Mental hospitals Bombay report 1929-33 - 1929-1933
Year: 1929
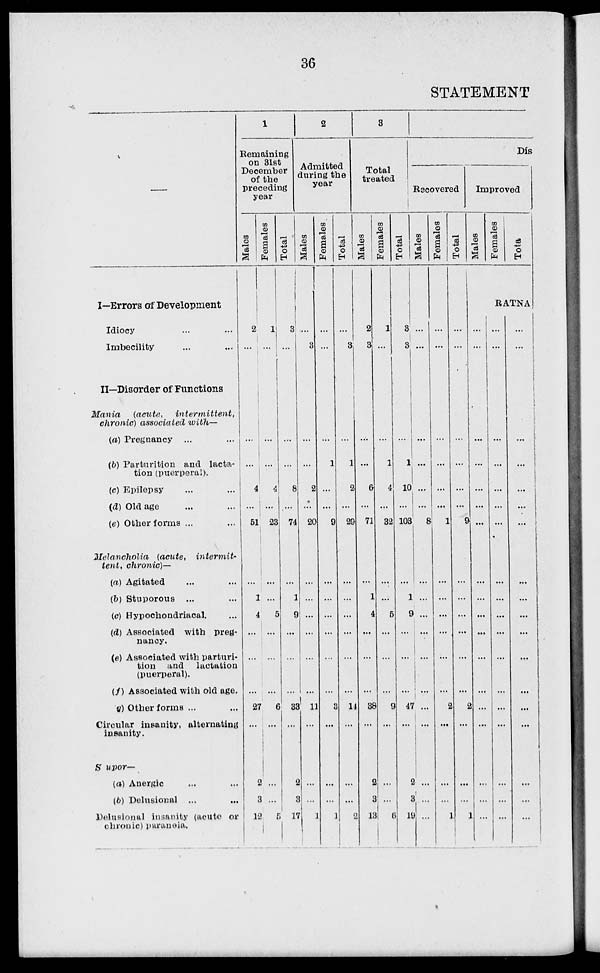
36
STATEMENT
—
I—Errors of Development
Idiocy ... ...
Imbecility
...
...
II—Disorder of Functions
Mania
(acute,
intermittent,
chronic) associated with—
(a) Pregnancy ... ...
(b) Parturition and lacta-
tion (puerperal).
(c) Epilepsy ... ...
(d) Old age ... ...
(e) Other forms ... ...
Melancholia (acute, intermit-
tent, chronic)—
(a) Agitated ... ...
(b) Stuporous ... ...
(c) Hypochondriacal. ...
(d) Associated with preg-
nancy.
(e) Associated with parturi-
tion and lactation
(puerperal).
(f) Associated with old age.
(g) Other forms ... ...
Circular insanity, alternating
insanity.
Supor—
(a) Anergic ... ...
(b) Delusional ... ...
Delusional insanity (acute or
chronic) paranoia.
1
Remaining
on 31st
December
of the
preceding
year
Males
2
...
...
...
4
...
51
...
1
4
...
...
...
27
...
2
3
12
Females
1
...
...
...
4
...
23
...
...
5
...
...
...
6
...
...
...
5
Total
3
...
...
...
8
...
74
...
1
9
...
...
...
33
...
2
3
17
2
Admitted
during the
year
Males
...
3
...
...
2
...
20
...
...
...
...
...
...
11
...
...
...
1
Females
...
...
...
1
...
...
9
...
...
...
...
...
...
3
...
...
...
1
Total
...
3
...
1
2
...
29
...
...
...
...
...
...
14
...
...
...
2
3
Total
treated
Males
2
3
...
...
6
...
71
...
1
4
...
...
...
38
...
2
3
13
Females
1
...
...
1
4
...
32
...
...
5
...
...
...
9
...
...
...
6
Total
3
3
...
1
10
...
103
...
1
9
...
...
...
47
...
2
3
19
Dis
Recovered
Males
...
...
...
...
...
...
8
...
...
...
...
...
...
...
...
...
...
...
Females
...
...
...
...
...
...
1
...
...
...
...
...
...
2
...
...
...
1
Total
...
...
...
...
...
...
9
...
...
...
...
...
...
2
...
...
...
1
Improved
Males
Females
Total
RATNA
...
...
...
...
...
...
...
...
...
...
...
...
...
...
...
...
...
...
...
...
...
...
...
...
...
...
...
...
...
...
...
...
...
...
...
...
...
...
...
...
...
...
...
...
...
...
...
...
...
...
...
...
...